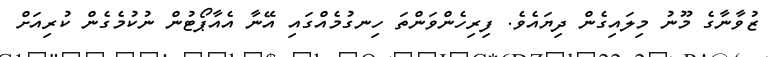
ޒުވާނާގެ މޫނު މިލައިގެން ދިޔައެވެ. ފިރިހެންވަންތަ ހިނގުމެއްގައި އޭނާ އެއާޕޯޓުން ނުކުމެގެން ކުރިއަށް